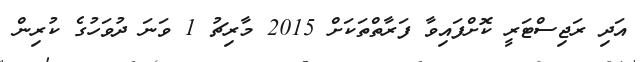
އަދި ރަޖިސްޓަރީ ކޮށްފައިވާ ފަރާތްތަކަށްް 2015 މާރިޗު 1 ވަނަ ދުވަހުގެ ކުރިން